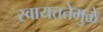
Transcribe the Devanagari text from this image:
स्वायत्ततेमुळे